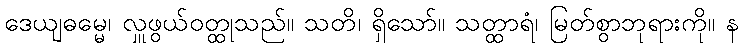
ဒေယျဓမ္မေ၊ လှူဖွယ်ဝတ္ထုသည်။ သတိ၊ ရှိသော်။ သတ္ထာရံ၊ မြတ်စွာဘုရားကို။ န